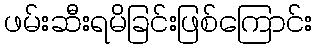
ဖမ်းဆီးရမိခြင်းဖြစ်ကြောင်း